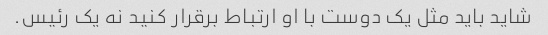
شاید باید مثل یک دوست با او ارتباط برقرار کنید نه یک رئیس.